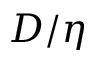
{ D / \eta }